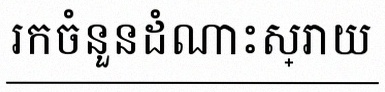
រកចំនួនដំណោះស្រាយ